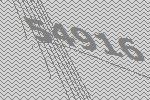
54916